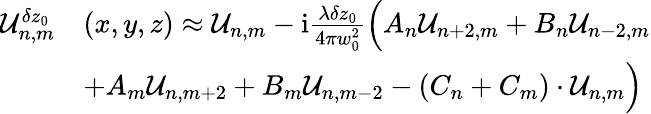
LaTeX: \begin{array}{rl}{\mathcal{U}_{n,m}^{\delta z_{0}}}&{(x,y,z)\approx\mathcal{U}_{n,m}-\mathrm{i}\frac{\lambda\delta z_{0}}{4\pi w_{0}^{2}}\Big(A_{n}\mathcal{U}_{n+2,m}+B_{n}\mathcal{U}_{n-2,m}}\\ &{+A_{m}\mathcal{U}_{n,m+2}+B_{m}\mathcal{U}_{n,m-2}-(C_{n}+C_{m})\cdot\mathcal{U}_{n,m}\Big)}\end{array}